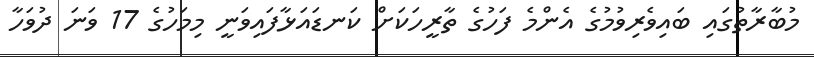
މުބާރާތުގައި ބައިވެރިވުމުގެ އެންމެ ފަހުގެ ތާރީހަކަށް ކަނޑައަޅާފައިވަނީ މިމަހުގެ 17 ވަނަ ދުވަހާ